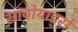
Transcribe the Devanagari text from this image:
सावोयार्ड्स